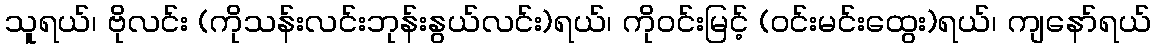
သူရယ်၊ ဗိုလင်း (ကိုသန်းလင်းဘုန်းနွယ်လင်း)ရယ်၊ ကိုဝင်းမြင့် (ဝင်းမင်းထွေး)ရယ်၊ ကျနော်ရယ်